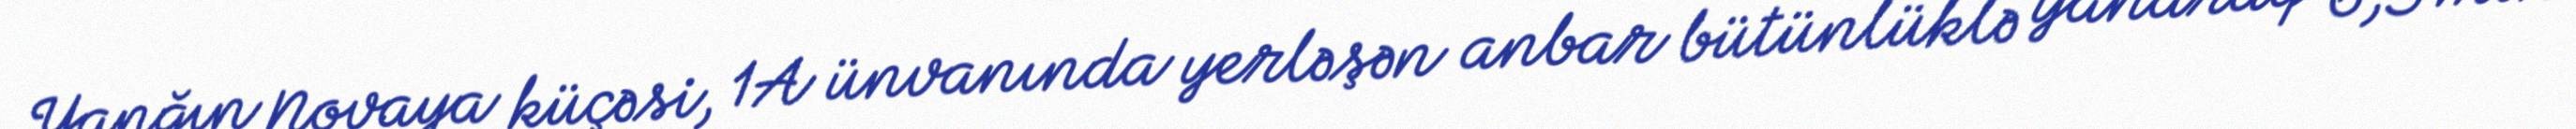
Yanğın Novaya küçəsi, 1A ünvanında yerləşən anbar bütünlüklə yanaraq 6,5 min